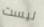
ليست